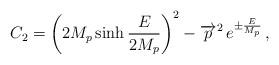
LaTeX: \begin{align*} C_2 = \left( 2M_p \sinh \frac{E}{2M_p}\right)^2 - \overrightarrow{p}^2 \, e^{\pm \frac{E}{M_p}}\, ,\end{align*}